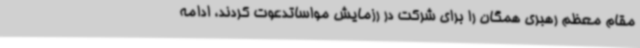
مقام معظم رهبری همگان را برای شرکت در رزمایش مواساتدعوت کردند، ادامه